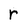
Character: r